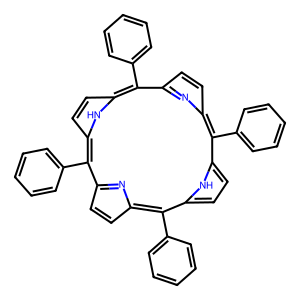
SMILES: c1ccc(-c2c3ccc(n3)c(-c3ccccc3)c3ccc([nH]3)c(-c3ccccc3)c3ccc(n3)c(-c3ccccc3)c3ccc2[nH]3)cc1
Inhibits HIV replication: No